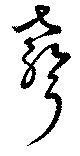
聲